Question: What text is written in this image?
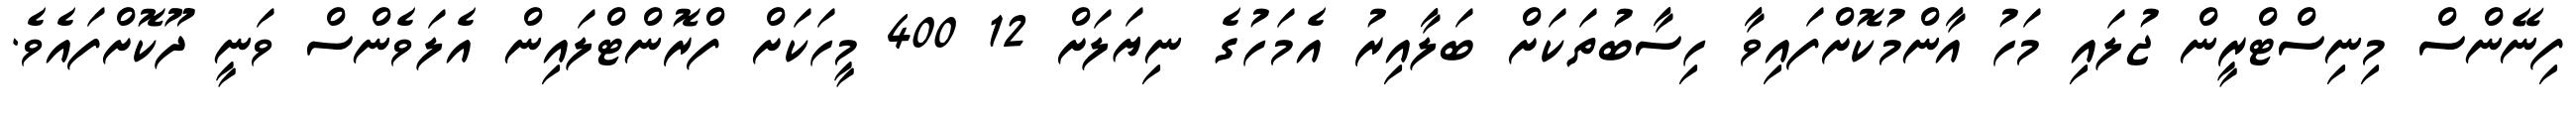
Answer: ފިނޭންސް މިނިސްޓްރީން ޖުލައި މަހު އާންމުކޮށްފައިވާ ހިސާބުތަކަށް ބަލާއިރު އެމަހުގެ ނިޔަލަށް 12 400 މީހަކަށް ފްރޮންޓްލައިން އެލަވެންސް ވަނީ ދޫކޮށްފައެވެ.